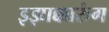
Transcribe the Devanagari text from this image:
इझाक्कारुंग